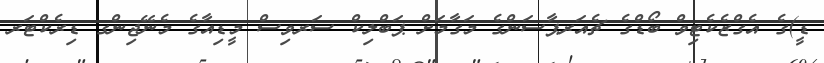
ޑީ)ގެ އެގްޒެކެޓިވް ބޯޑްގެ ޗެއަރޕާސަންގެ މަގާމަށް ޕަބްލިކް ސަރވިސް މީޑިއާގެ މެނޭޖިންގ ޑިރެކްޓަރ